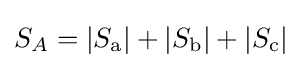
S_{A}=|S_{\mathrm {a} }|+|S_{\mathrm {b} }|+|S_{\mathrm {c} }|